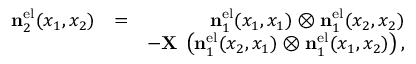
\begin{array} { r l r } { \ensuremath { \mathbf { n } } _ { 2 } ^ { \ensuremath { \mathrm { e l } } } ( x _ { 1 } , x _ { 2 } ) } & { = } & { \ensuremath { \mathbf { n } } _ { 1 } ^ { \ensuremath { \mathrm { e l } } } ( x _ { 1 } , x _ { 1 } ) \otimes \ensuremath { \mathbf { n } } _ { 1 } ^ { \ensuremath { \mathrm { e l } } } ( x _ { 2 } , x _ { 2 } ) } \\ & { } & { - \ensuremath { \mathbf { X } } \; \left( \ensuremath { \mathbf { n } } _ { 1 } ^ { \ensuremath { \mathrm { e l } } } ( x _ { 2 } , x _ { 1 } ) \otimes \ensuremath { \mathbf { n } } _ { 1 } ^ { \ensuremath { \mathrm { e l } } } ( x _ { 1 } , x _ { 2 } ) \right) , } \end{array}